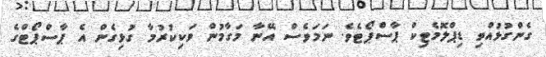
ގެންގުޅުއްވި ޑިޕްލޮމެޓިކް ޕާސްޕޯޓެވެ. ނަމަވެސް އޭނާ މަގާމުން ވަކިކުރުމާ ގުޅިގެން އެ ޕާސްޕޯޓްގެ